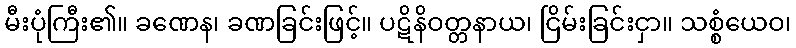
မီးပုံကြီး၏။ ခဏေန၊ ခဏခြင်းဖြင့်။ ပဋိနိဝတ္တနာယ၊ ငြိမ်းခြင်းငှာ။ သစ္စံယေဝ၊